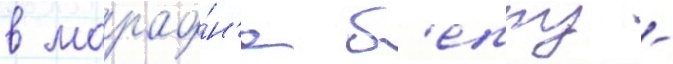
в марафо́н'е б'еппу -